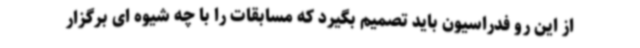
از این رو فدراسیون باید تصمیم بگیرد که مسابقات را با چه شیوه ای برگزار